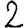
Digit: 2